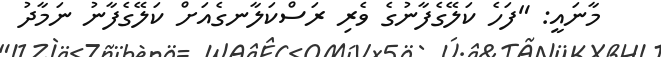
މާނައީ: "ފަހެ ކަލޭގެފާނުގެ ވެރި ރަސްކަލާނގެއަށް ކަލޭގެފާނު ނަމާދު